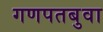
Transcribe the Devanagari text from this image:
गणपतबुवा